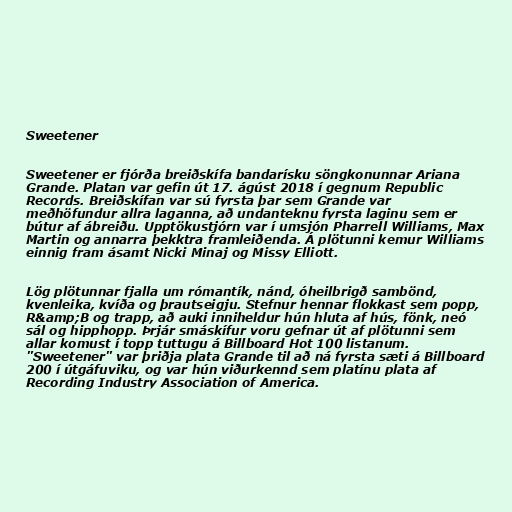
Sweetener

Sweetener er fjórða breiðskífa bandarísku söngkonunnar Ariana
Grande. Platan var gefin út 17. ágúst 2018 í gegnum Republic
Records. Breiðskífan var sú fyrsta þar sem Grande var
meðhöfundur allra laganna, að undanteknu fyrsta laginu sem er
bútur af ábreiðu. Upptökustjórn var í umsjón Pharrell Williams, Max
Martin og annarra þekktra framleiðenda. Á plötunni kemur Williams
einnig fram ásamt Nicki Minaj og Missy Elliott.

Lög plötunnar fjalla um rómantík, nánd, óheilbrigð sambönd,
kvenleika, kvíða og þrautseigju. Stefnur hennar flokkast sem popp,
R&amp;B og trapp, að auki inniheldur hún hluta af hús, fönk, neó
sál og hipphopp. Þrjár smáskífur voru gefnar út af plötunni sem
allar komust í topp tuttugu á Billboard Hot 100 listanum.
"Sweetener" var þriðja plata Grande til að ná fyrsta sæti á Billboard
200 í útgáfuviku, og var hún viðurkennd sem platínu plata af
Recording Industry Association of America.